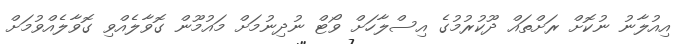
އިއުލާނު ނުކޮށް ރަށްތައް ދޫކުރުމުގެ އިސްލާހަށް ވޯޓް ނުދިނުމަށް މައުމޫން ގޮވާލެއްވި ގޮވާލެއްވުމަށް